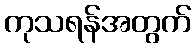
ကုသရန်အတွက်